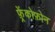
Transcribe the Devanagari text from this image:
फ़्रेंकोफ़ोन